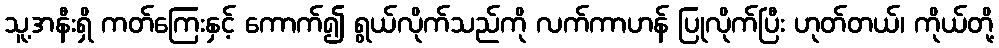
သူ့အနီးရှိ ကတ်ကြေးနှင့် ကောက်၍ ရွယ်လိုက်သည်ကို လက်ကာဟန် ပြုလိုက်ပြီး ဟုတ်တယ်၊ ကိုယ်တို့